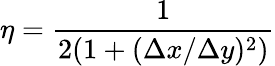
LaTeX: \eta=\frac{1}{2(1+(\Delta x/\Delta y)^{2})}